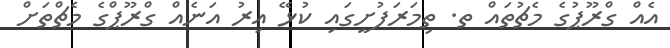
އެއް ގްރޫޕުގެ މެޗުތައް ތ. ތިމަރަފުށީގައި ކުޅޭ އިރު އަނެއް ގްރޫޕްގެ މެޗްތަށް